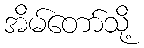
အိမ်တော်သို့